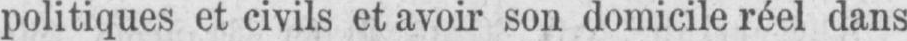
politiques et civils et avoir son domicile réel dans